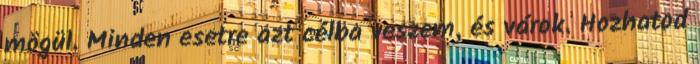
mögül. Minden esetre azt célba veszem, és várok. Hozhatod